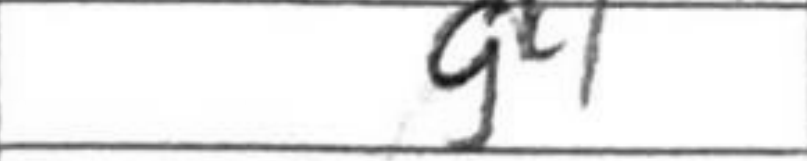
Transcription: g1